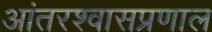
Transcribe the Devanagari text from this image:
आंतरश्वासप्रणाल